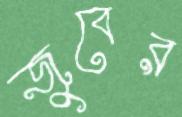
জুবের